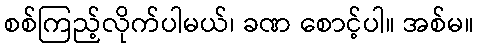
စစ်ကြည့်လိုက်ပါမယ်၊ ခဏ စောင့်ပါ။ အစ်မ။